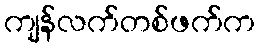
ကျန်လက်တစ်ဖက်က